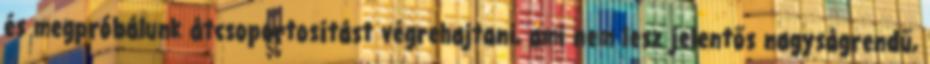
és megpróbálunk átcsoportosítást végrehajtani, ami nem lesz jelentős nagyságrendű,